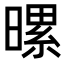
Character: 𪱀